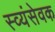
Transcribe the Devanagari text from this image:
स्व्यंसेवक